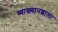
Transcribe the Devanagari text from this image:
व्याख्यानशाला